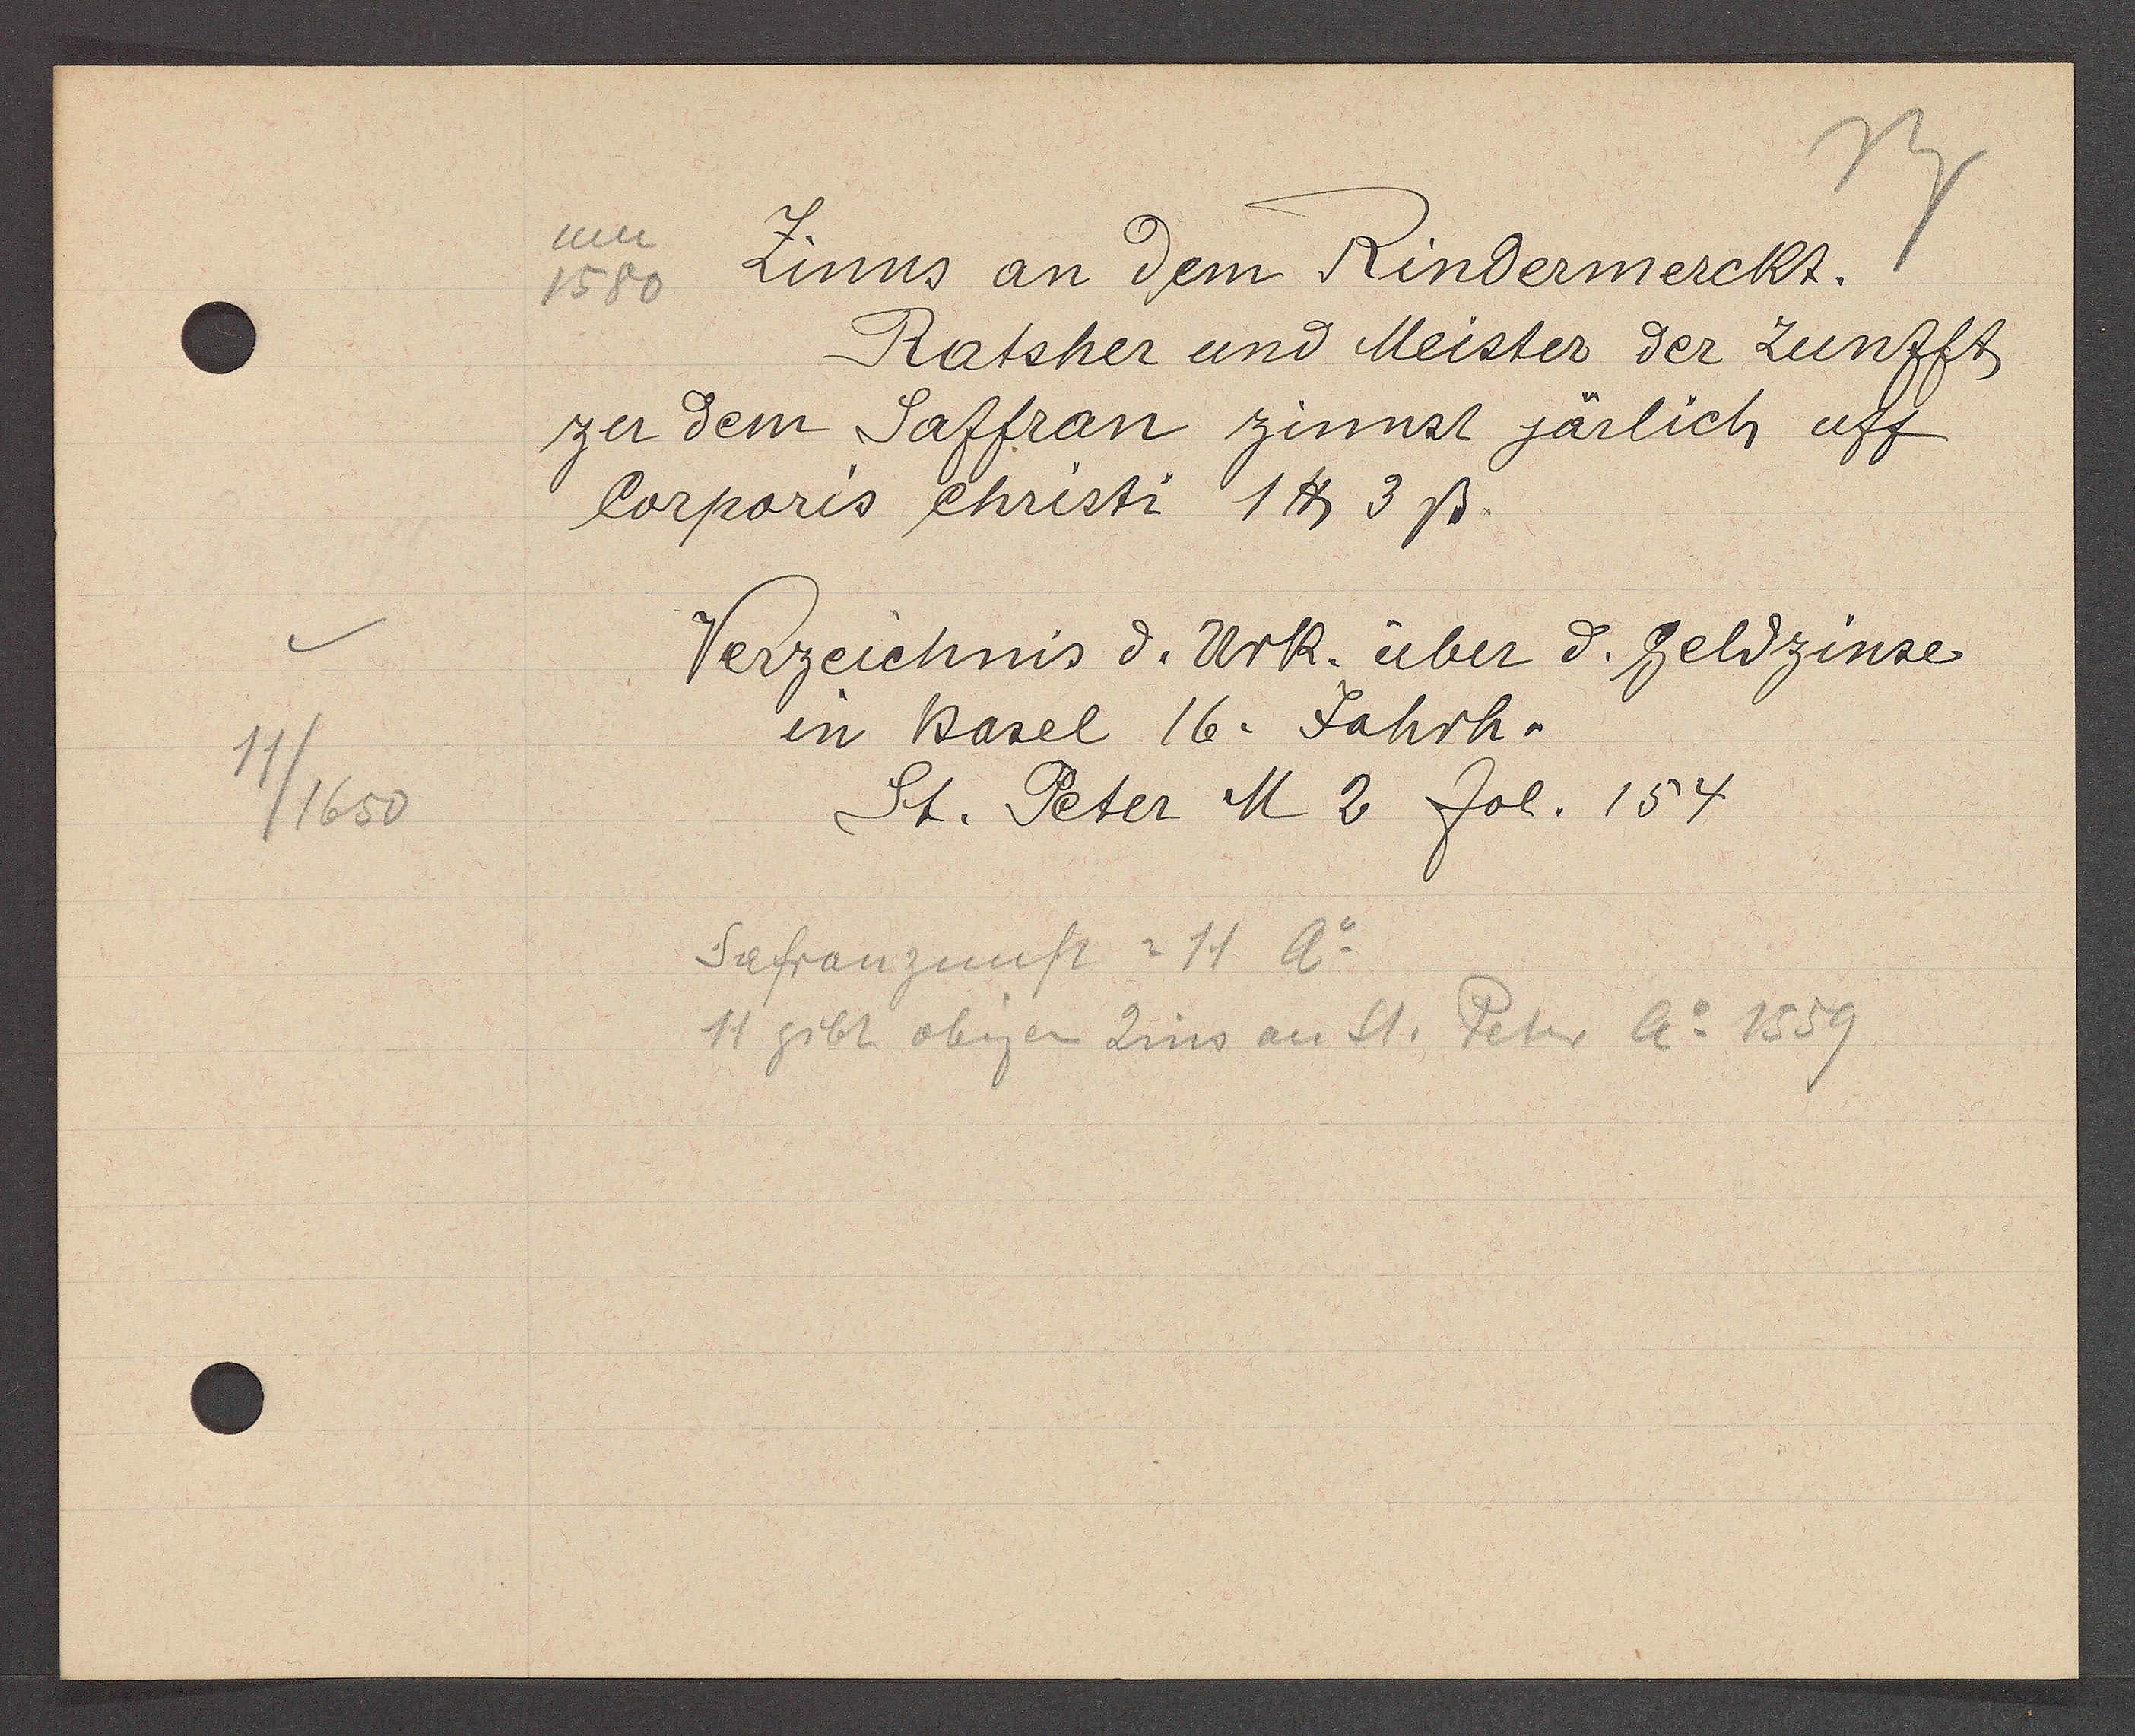
Transcript:
11/1650

um
Zinns an dem Rindermerckt.
1580

Ratsher und Meister der Zunfft
zer dem Saffran zinnst järlich uff
Corporis christi 1℔ 3ß.
Verzeichnis d. Urk. über d. Geldzinse
in Basel 16. Jahrh.

St. Peter M 2 fol. 154

Safranzunft = 11 Ao
11 gibt obigen Zins an St. Peter Ao 1559